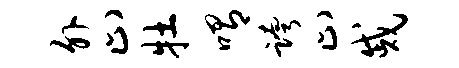
外止牡喟跨止戚